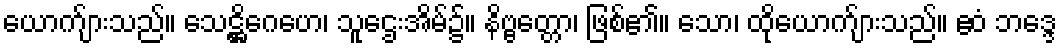
ယောက်ျားသည်။ သေဋ္ဌိဂေဟေ၊ သူဌေးအိမ်၌။ နိဗ္ဗတ္တော၊ ဖြစ်၏။ သော၊ ထိုယောက်ျားသည်။ ဧဝံ ဘဒ္ဒေ